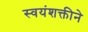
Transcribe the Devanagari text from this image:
स्वयंशक्तीने